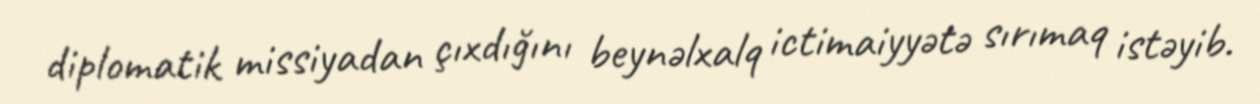
diplomatik missiyadan çıxdığını beynəlxalq ictimaiyyətə sırımaq istəyib.